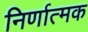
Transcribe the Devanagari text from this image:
निर्णात्मक